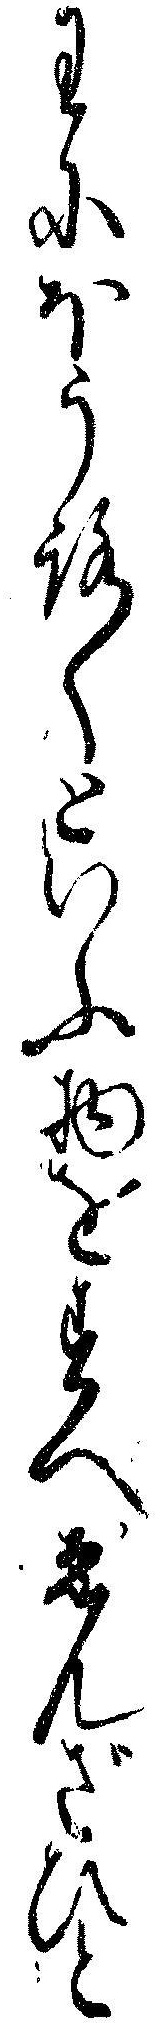
わにほうろくといふ物をすへゑんざひと